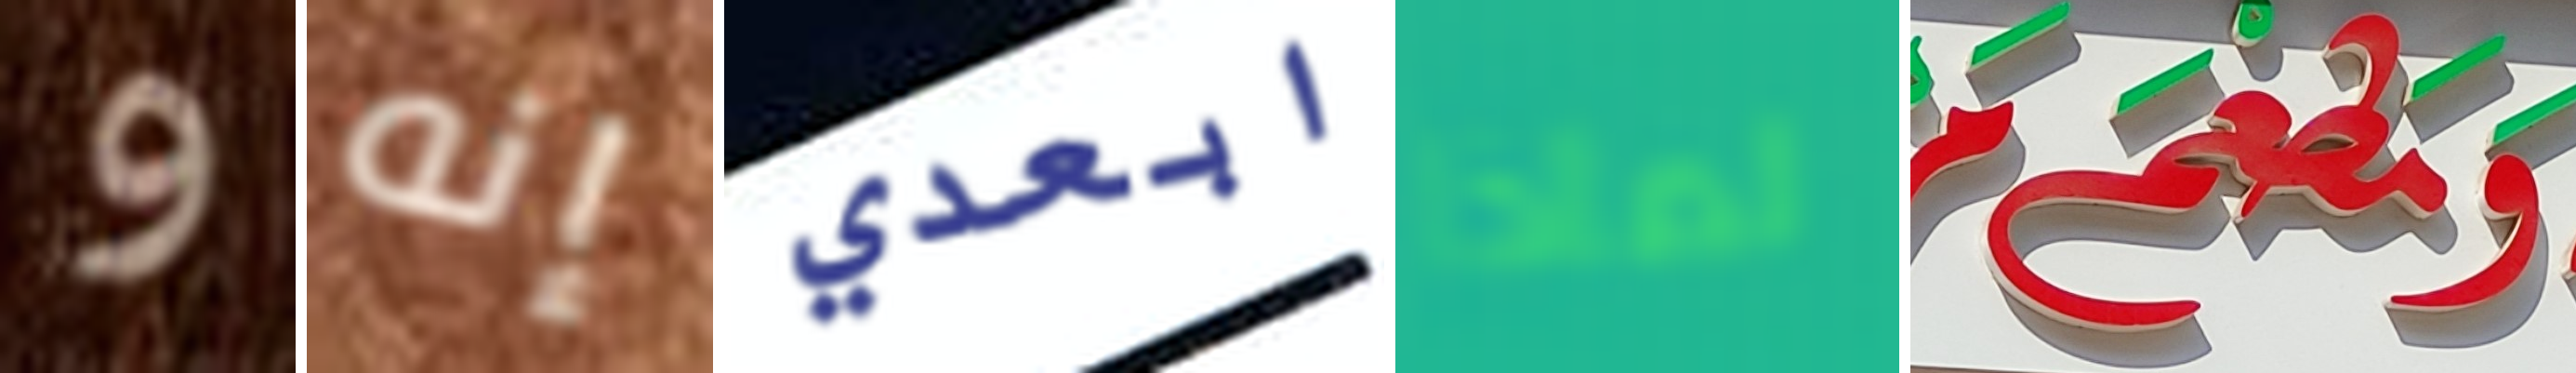
و إنه ابعدي لماذا ومطعم